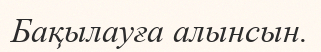
Бақылауға алынсын.